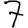
Digit: 7